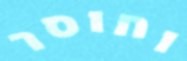
וחוסר